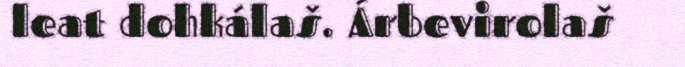
leat dohkálaš. Árbevirolaš